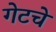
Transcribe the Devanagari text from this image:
गेटचे